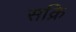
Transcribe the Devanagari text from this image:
सक्रि